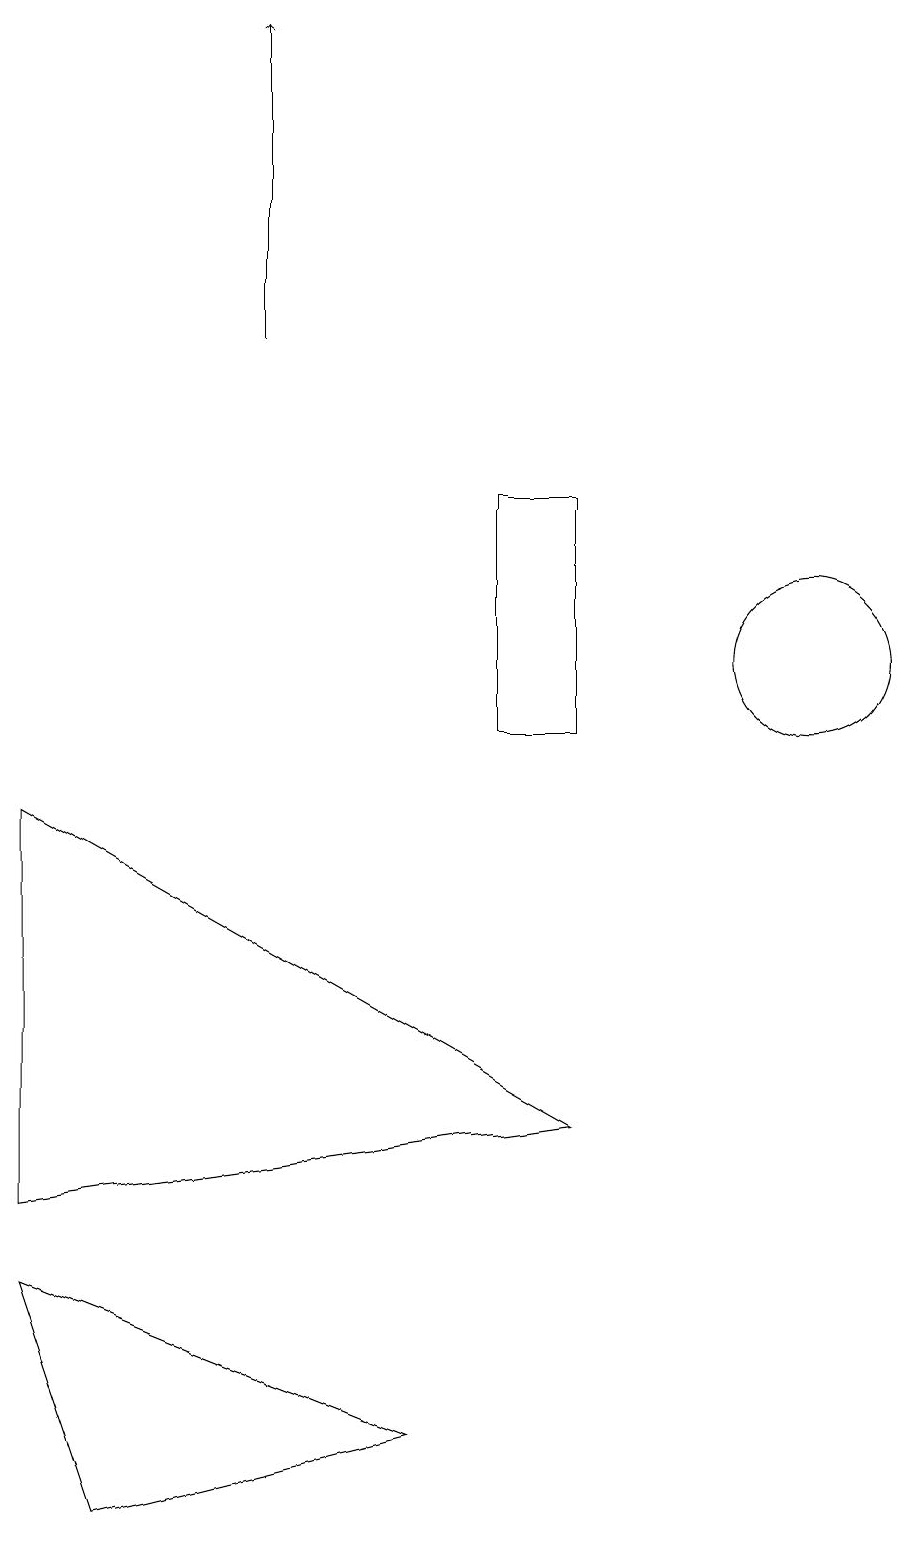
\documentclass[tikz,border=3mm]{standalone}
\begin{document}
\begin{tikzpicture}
\draw (7,1) -- (3,0) -- (2,3) -- cycle;
\draw[->] (5,15) -- (5,19);
\draw (8,10) rectangle (9,13);
\draw (2,4) -- (9,5) -- (2,9) -- cycle;
\draw (12,11) circle (1);
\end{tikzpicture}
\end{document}